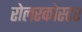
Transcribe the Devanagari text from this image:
रोलरकोस्टर